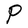
Character: P